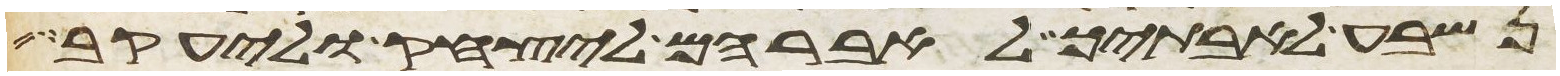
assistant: נשבע לאבתיך לאברהם ליצחק וליעקב